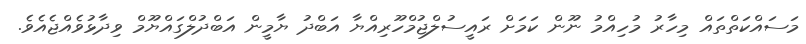
މަސައްކަތްތައް މިހާރު މުހިއްމު ނޫން ކަމަށް ރައީސުލްޖުމްހޫރިއްޔާ އަބްދު ޔާމީން އަބްދުލްގައްޔޫމް ވިދާޅުވެއްޖެއެވެ.